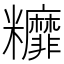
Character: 䊳